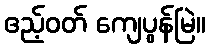
ဧည့်ဝတ် ကျေပွန်မြဲ။